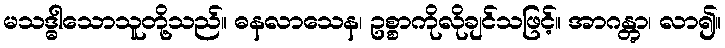
မသဒ္ဓါသောသူတို့သည်။ ဓနလာသေန၊ ဥစ္စာကိုလိုချင်သဖြင့်။ အာဂန္တွာ၊ လာ၍။